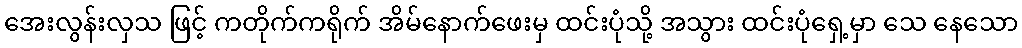
အေးလွန်းလှသ ဖြင့် ကတိုက်ကရိုက် အိမ်နောက်ဖေးမှ ထင်းပုံသို့ အသွား ထင်းပုံရှေ့မှာ သေ နေသော